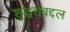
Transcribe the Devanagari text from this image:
शुद्धतेबद्दल